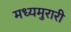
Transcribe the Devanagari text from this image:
मध्यमुरारी